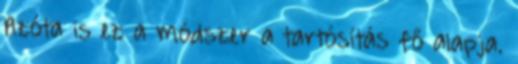
Azóta is ez a módszer a tartósítás fő alapja.